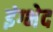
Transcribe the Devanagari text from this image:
इंग्भेद